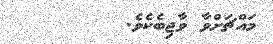
މައްޗަށްވާ ވާޖިބެކެވެ.